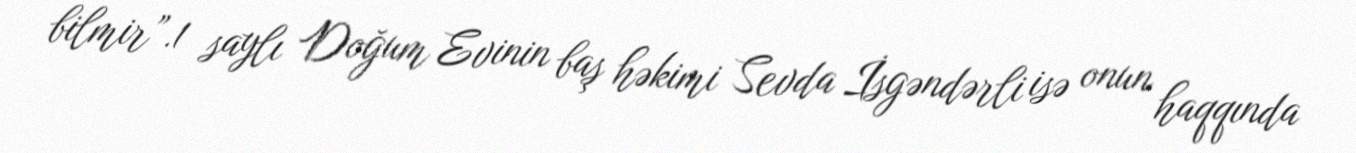
bilmir”.1 saylı Doğum Evinin baş həkimi Sevda İsgəndərli isə onun haqqında